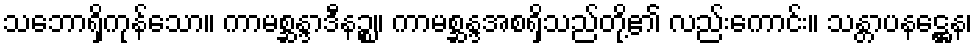
သဘောရှိကုန်သော။ ကာမစ္ဆန္ဒာဒီနဉ္စ။ ကာမစ္ဆန္ဒအစရှိသည်တို့၏ လည်းကောင်း။ သန္တာပနဋ္ဌေန၊